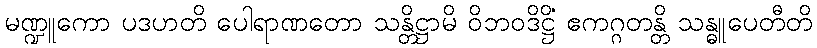
မဏ္ဍူကော ပဒဟတိ ပေါရာဏတော သန္တိဋ္ဌာမိ ဝိဘဝဒိဋ္ဌိံ ဧကဂ္ဂတန္တိ သန္ဓူပေတီတိ